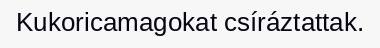
Kukoricamagokat csíráztattak.